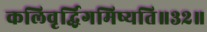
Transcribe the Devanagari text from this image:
कलिवृर्द्धिगमिष्यति॥३२॥